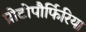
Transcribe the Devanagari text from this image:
प्रोटोपौर्फिरिया